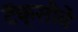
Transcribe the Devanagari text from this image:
टॅक्सीवे